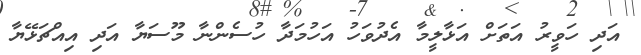
އަދި ހަވީރު އަތަށް އަޅާލީމާ އެދުވަހު އަހުމަދާ ހުސެންނާ މޫސަޔާ އަދި އިއްޗަޅޭޔާ